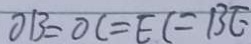
O B = O C = E C = B E